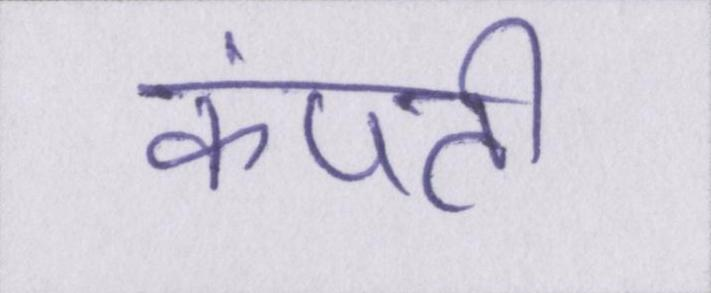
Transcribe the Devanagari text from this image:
कंपती